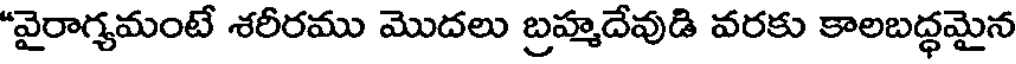
"వైరాగ్యమంటే శరీరము మొదలు బ్రహ్మదేవుడి వరకు కాలబద్ధమైన